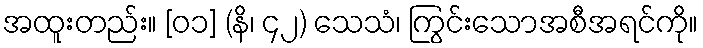
အထူးတည်း။ [၀၁] (နိ၊ ၄၂) သေသံ၊ ကြွင်းသောအစီအရင်ကို။